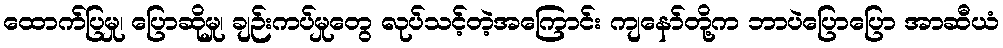
ထောက်ပြမှု၊ ပြောဆိုမှု၊ ချဉ်းကပ်မှုတွေ လုပ်သင့်တဲ့အကြောင်း ကျနော်တို့က ဘာပဲပြောပြော အာဆီယံ